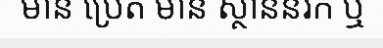
មាន ប្រេត មាន ស្ថាននរក ឬ